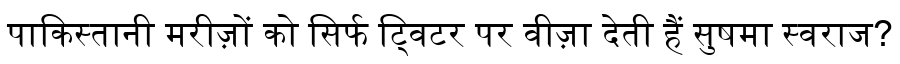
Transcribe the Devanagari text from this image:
पाकिस्तानी मरीज़ों को सिर्फ ट्विटर पर वीज़ा देती हैं सुषमा स्वराज?